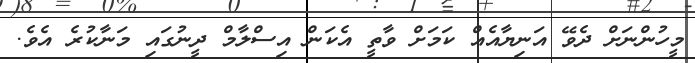
މީހުންނަށް ދެވޭ އަނިޔާއެއް ކަމަށް ވާތީ އެކަން އިސްލާމް ދީނުގައި މަނާކުރެ އެވެ.